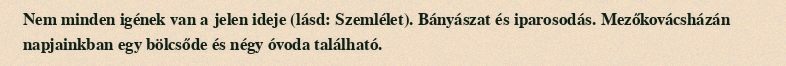
Nem minden igének van a jelen ideje (lásd: Szemlélet). Bányászat és iparosodás. Mezőkovácsházán napjainkban egy bölcsőde és négy óvoda található.